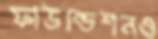
ফাউন্ডেশনও